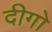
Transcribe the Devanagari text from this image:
दीगो